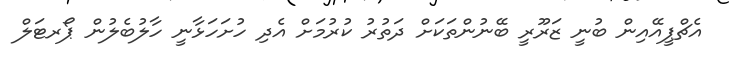
އެޗްޕީއޭއިން ބުނީ ޒަރޫރީ ބޭނުންތަކަށް ދަތުރު ކުރުމަށް އެދި ހުށަހަޅާނީ ހާލުބެލުން ޕޯރޓަލް